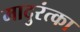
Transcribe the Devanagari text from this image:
मादुरंत्का